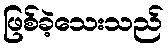
ဖြစ်ခဲ့သေးသည်